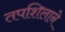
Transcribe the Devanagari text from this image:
तपशिलाने